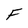
Character: F